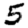
Digit: 5